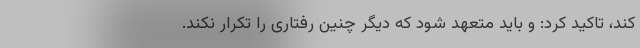
کند، تاکید کرد: و باید متعهد شود که دیگر چنین رفتاری را تکرار نکند.